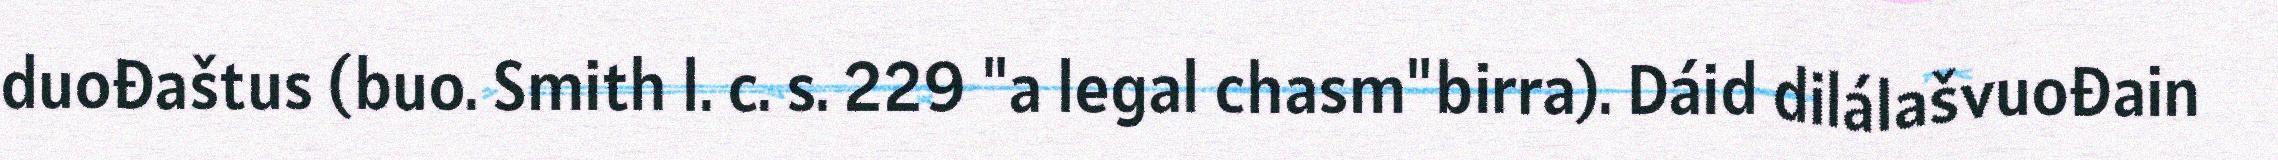
duođaštus (buo. Smith l. c. s. 229 "a legal chasm"birra). Dáid dilálašvuođain